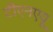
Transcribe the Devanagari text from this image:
टीएनएयू